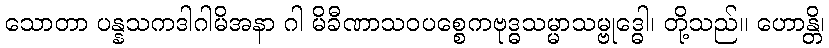
သောတာ ပန္နသကဒါဂါမိအနာ ဂါ မိခီဏာသဝပစ္စေကဗုဒ္ဓသမ္မာသမ္ဗုဒ္ဓေါ၊ တို့သည်။ ဟောန္တိ၊